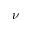
\nu